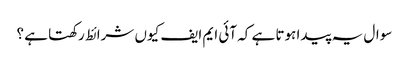
سوال یہ پیدا ہوتا ہے کہ آئی ایم ایف کیوں شرائط رکھتا ہے ؟